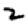
Digit: 2